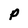
Character: P